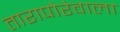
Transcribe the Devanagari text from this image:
तारापोरेवाला